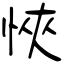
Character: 悏